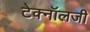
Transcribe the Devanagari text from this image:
टेक्‍नॉलजी